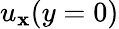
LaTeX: u_{\mathbf{x}}(y=0)